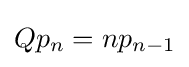
Qp_{n}=np_{n-1}